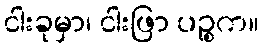
ငါးခုမှာ၊ ငါးဖြာ ပဉ္စက။